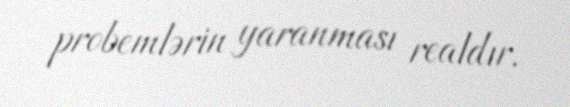
probemlərin yaranması realdır.